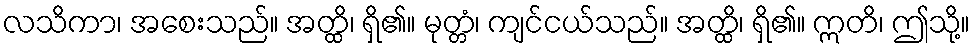
လသိကာ၊ အစေးသည်။ အတ္ထိ၊ ရှိ၏။ မုတ္တံ၊ ကျင်ငယ်သည်။ အတ္ထိ၊ ရှိ၏။ ဣတိ၊ ဤသို့။